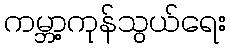
ကမ္ဘာ့ကုန်သွယ်ရေး